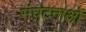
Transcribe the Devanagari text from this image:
संघटनाओं